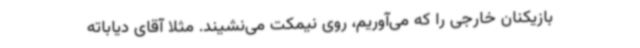
بازیکنان خارجی را که می‌آوریم، روی نیمکت می‌نشیند. مثلا آقای دیاباته